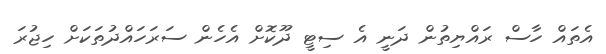
އެތައް ހާސް ރައްޔިތުން ދަނީ އެ ސިޓީ ދޫކޮށް އެހެން ސަރަހައްދުތަކަށް ހިޖުރަ